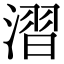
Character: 漝